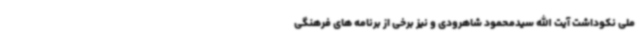
ملی نکوداشت آیت الله سیدمحمود شاهرودی و نیز برخی از برنامه های فرهنگی